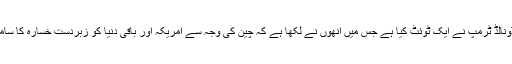
امریکی صدر ڈونالڈ ٹرمپ نے ایک ٹوئٹ کیا ہے جس میں انھوں نے لکھا ہے کہ چین کی وجہ سے امریکہ اور باقی دنیا کو زبردست خسارہ کا سامنا کرنا پڑا ہے۔